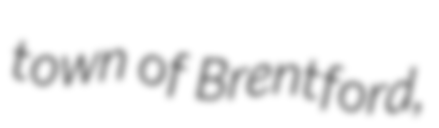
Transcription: town of Brentford,